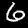
Digit: 6